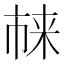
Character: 𪲬